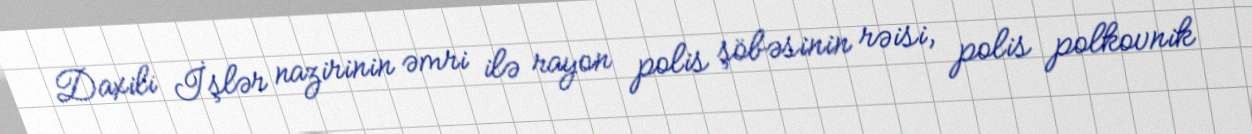
Daxili İşlər nazirinin əmri ilə rayon polis şöbəsinin rəisi, polis polkovnik